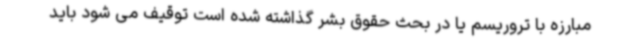
مبارزه با تروریسم یا در بحث حقوق بشر گذاشته شده است توقیف می شود باید